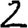
Digit: 2